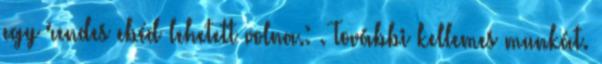
egy rendes ebéd lehetett volna.: . További kellemes munkát.